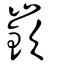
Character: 嶔